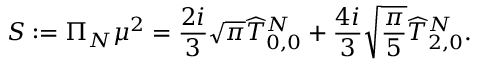
S : = \Pi _ { N } \mu ^ { 2 } = \frac { 2 i } { 3 } \sqrt { \pi } \widehat { T } _ { 0 , 0 } ^ { N } + \frac { 4 i } { 3 } \sqrt { \frac { \pi } { 5 } } \widehat { T } _ { 2 , 0 } ^ { N } .